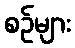
စဉ်များ